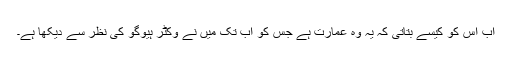
اب اس کو کیسے بتاتی کہ یہ وہ عمارت ہے جس کو اب تک میں نے وکٹر ہیوگو کی نظر سے دیکھا ہے۔